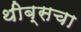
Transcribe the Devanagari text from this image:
थीब्सचा